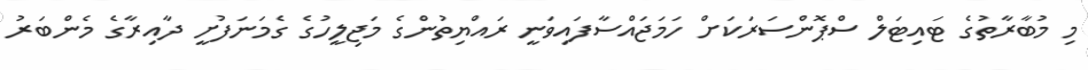
މި މުބާރާތުގެ ޓައިޓަލް ސްޕޮންސަރަކަށް ހަމަޖައްސާފައިވަނީ ރައްޔިތުންގެ މަޖިލީހުގެ ގެމަނަފުށީ ދާއިރާގެ މެންބަރު